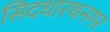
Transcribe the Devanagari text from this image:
सिदधारथनगर